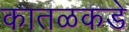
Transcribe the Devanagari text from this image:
कातळकडे